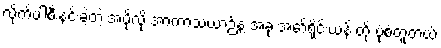
လိုက်ပါစီးနင်းခဲ့တဲ့ အပိုလို အာကာသယာဉ်နဲ့ အခု အော်ရိုင်းယန် တို့ ပုံစံတူတယ်